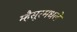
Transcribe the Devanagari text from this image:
म्हैसूरमधले